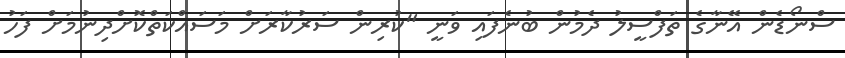
ސްނޯޑެން އޭނާގެ ތަފްސީލު ދެމުން ބުނެފައި ވަނީ "ކުރިން ސަރުކާރަށް މަސައްކަތްކޮށްދިނުމަށް ފަހު